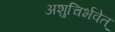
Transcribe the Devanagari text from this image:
अशुचिर्भवेत्